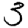
Digit: 3